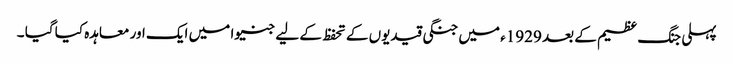
پہلی جنگ عظیم کے بعد 1929ء میں جنگی قیدیوں کے تحفظ کے لیے جنیوا میں ایک اور معاہدہ کیا گیا ۔